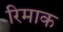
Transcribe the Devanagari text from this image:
रिमाक